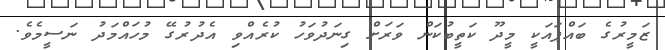
ޒަމީރުގެ ބައްޕައަކީ މީދޫ ކަތީބުކަން ވަރަށް ގިނަދުވަހު ކުރެއްވި އެދުރުގޭ މުހައްމަދު ނަސީމެވެ.